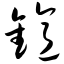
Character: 镱